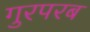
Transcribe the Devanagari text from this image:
गुरपरब